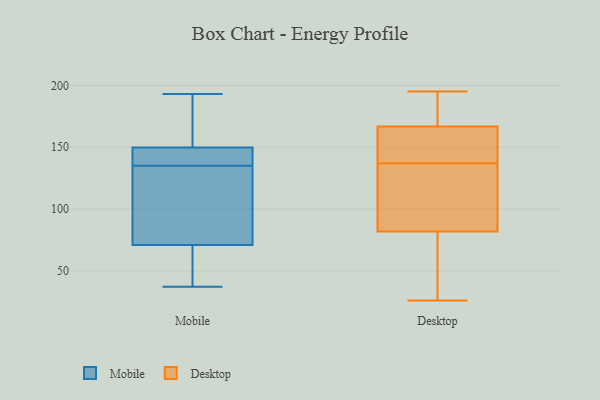
{"axis": {"x": "Temperature (°C)", "y": "Value"}, "legend": ["Desktop", "Mobile"], "data": [{"x": "", "y": 186, "type": "Mobile"}, {"x": "", "y": 139, "type": "Mobile"}, {"x": "", "y": 193, "type": "Mobile"}, {"x": "", "y": 46, "type": "Mobile"}, {"x": "", "y": 149, "type": "Mobile"}, {"x": "", "y": 62, "type": "Mobile"}, {"x": "", "y": 125, "type": "Mobile"}, {"x": "", "y": 150, "type": "Mobile"}, {"x": "", "y": 44, "type": "Mobile"}, {"x": "", "y": 138, "type": "Mobile"}, {"x": "", "y": 135, "type": "Mobile"}, {"x": "", "y": 97, "type": "Mobile"}, {"x": "", "y": 37, "type": "Mobile"}, {"x": "", "y": 124, "type": "Mobile"}, {"x": "", "y": 157, "type": "Mobile"}, {"x": "", "y": 163, "type": "Desktop"}, {"x": "", "y": 64, "type": "Desktop"}, {"x": "", "y": 92, "type": "Desktop"}, {"x": "", "y": 87, "type": "Desktop"}, {"x": "", "y": 151, "type": "Desktop"}, {"x": "", "y": 34, "type": "Desktop"}, {"x": "", "y": 70, "type": "Desktop"}, {"x": "", "y": 120, "type": "Desktop"}, {"x": "", "y": 194, "type": "Desktop"}, {"x": "", "y": 141, "type": "Desktop"}, {"x": "", "y": 80, "type": "Desktop"}, {"x": "", "y": 137, "type": "Desktop"}, {"x": "", "y": 148, "type": "Desktop"}, {"x": "", "y": 184, "type": "Desktop"}, {"x": "", "y": 168, "type": "Desktop"}, {"x": "", "y": 116, "type": "Desktop"}, {"x": "", "y": 195, "type": "Desktop"}, {"x": "", "y": 191, "type": "Desktop"}, {"x": "", "y": 26, "type": "Desktop"}]}